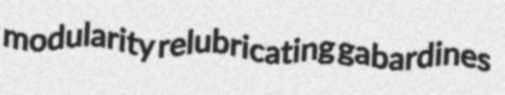
modularity relubricating gabardines